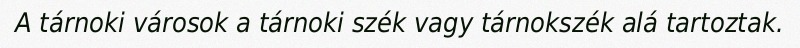
A tárnoki városok a tárnoki szék vagy tárnokszék alá tartoztak.